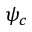
\psi _ { c }